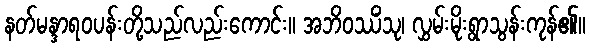
နတ်မန္ဒာရဝပန်းတို့သည်လည်းကောင်း။ အဘိဝဿိံသု၊ လွှမ်းမိုးရွာသွန်းကုန်၏။